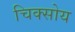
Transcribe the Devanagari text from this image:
चिक्सोय